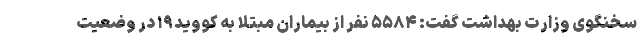
سخنگوی وزارت بهداشت گفت: ۵۵۸۴ نفر از بیماران مبتلا به کووید۱۹ در وضعیت